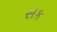
સક